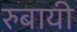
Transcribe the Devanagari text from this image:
रुबायी